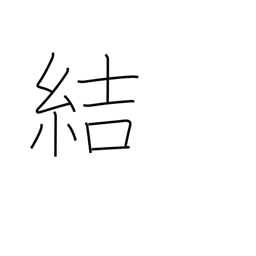
Meaning: contract